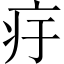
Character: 㽳